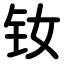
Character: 钕